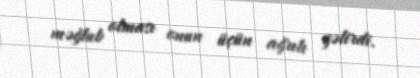
məğlub olması onun üçün ağrılı gəlirdi.